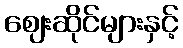
ဈေးဆိုင်များနှင့်